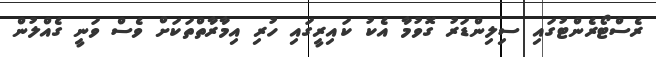
ރެސްޓޯރެންޓުގައި ސިލިންޑަރު ގޮވުމާ އެކު ކައިރީގައި ހުރި އިމާރާތްތަކަށް ވެސް ވަނީ ގެއްލުން